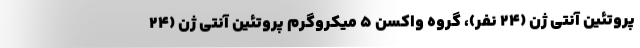
پروتئین آنتی ژن (۲۴ نفر)، گروه واکسن ۵ میکروگرم پروتئین آنتی ژن (۲۴